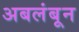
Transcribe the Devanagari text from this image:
अबलंबून